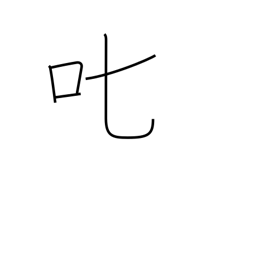
Meaning: scold